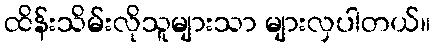
ထိန်းသိမ်းလိုသူများသာ များလှပါတယ်။